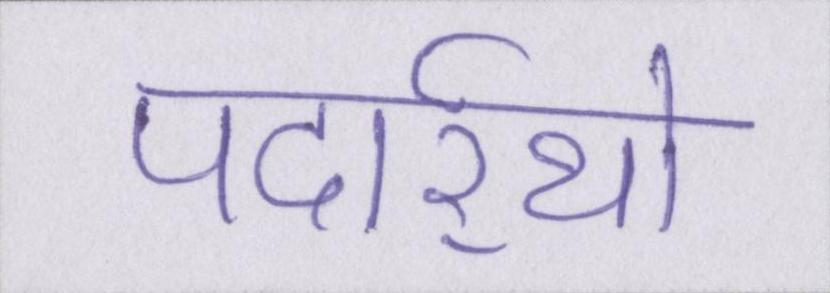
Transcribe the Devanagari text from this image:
पदार्र्थो